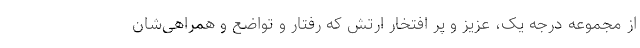
از مجموعه درجه یک، عزیز و پر افتخار ارتش که رفتار و تواضع و همراهی‌شان